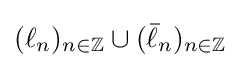
(\ell _{n})_{n\in \mathbb {Z} }\cup ({\bar {\ell }}_{n})_{n\in \mathbb {Z} }